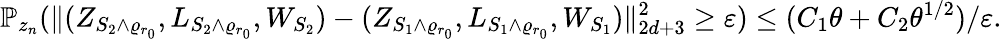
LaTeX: \mathbb P_{z_{n}}(\| (Z_{S_{2}\wedge\varrho_{r_{0}}},L_{S_{2}\wedge\varrho_{r_{0}}},W_{S_{2}})-(Z_{S_{1}\wedge\varrho_{r_{0}}},L_{S_{1}\wedge\varrho_{r_{0}}},W_{S_{1}})\| _{2d+3}^{2}\geq\varepsilon)\leq(C_{1}\theta+C_{2}\theta^{1/2})/\varepsilon.